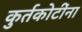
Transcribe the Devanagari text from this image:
कुर्तकोटींना